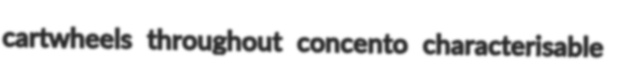
cartwheels throughout concento characterisable